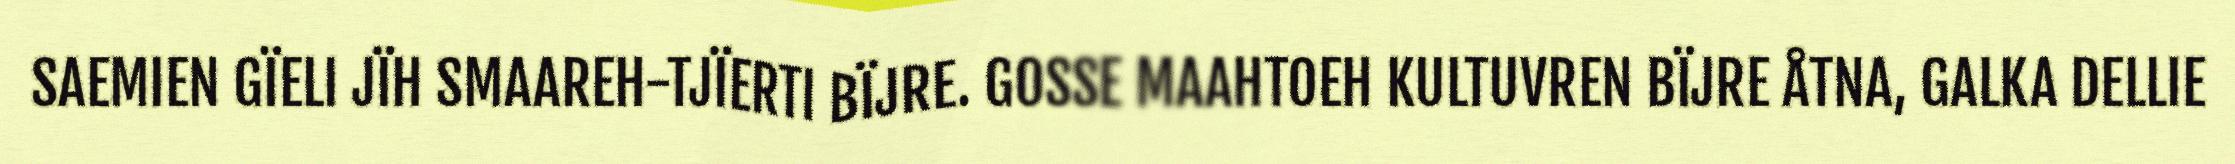
SAEMIEN GÏELI JÏH SMAAREH-TJÏERTI BÏJRE. GOSSE MAAHTOEH KULTUVREN BÏJRE ÅTNA, GALKA DELLIE